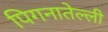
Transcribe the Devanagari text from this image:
पिगनातेल्ली